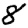
Digit: 8